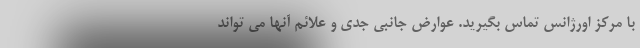
با مرکز اورژانس تماس بگیرید. عوارض جانبی جدی و علائم آنها می تواند